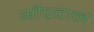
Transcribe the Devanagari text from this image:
भीप्रदान